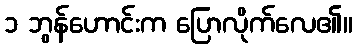
၁ ဘွန်ဟောင်းက ပြောလိုက်လေ၏။